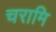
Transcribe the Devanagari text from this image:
चरामि